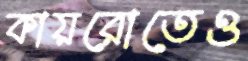
কায়রোতেও